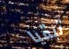
تبقيا